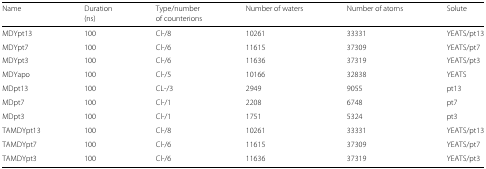
<table><thead><tr><td><b>Name</b></td><td><b>Duration</b></td><td><b>Type/number</b></td><td><b>Number of waters</b></td><td><b>Number of atoms</b></td><td><b>Solute</b></td></tr><tr><td></td><td><b>(ns)</b></td><td><b>of counterions</b></td><td></td><td></td><td></td></tr></thead><tbody><tr><td>MDYpt13</td><td>100</td><td>Cl-/8</td><td>10261</td><td>33331</td><td>YEATS/pt13</td></tr><tr><td>MDYpt7</td><td>100</td><td>Cl-/6</td><td>11615</td><td>37309</td><td>YEATS/pt7</td></tr><tr><td>MDYpt3</td><td>100</td><td>Cl-/6</td><td>11636</td><td>37319</td><td>YEATS/pt3</td></tr><tr><td>MDYapo</td><td>100</td><td>Cl-/5</td><td>10166</td><td>32838</td><td>YEATS</td></tr><tr><td>MDpt13</td><td>100</td><td>CL-/3</td><td>2949</td><td>9055</td><td>pt13</td></tr><tr><td>MDpt7</td><td>100</td><td>Cl-/1</td><td>2208</td><td>6748</td><td>pt7</td></tr><tr><td>MDpt3</td><td>100</td><td>Cl-/1</td><td>1751</td><td>5324</td><td>pt3</td></tr><tr><td>TAMDYpt13</td><td>100</td><td>Cl-/8</td><td>10261</td><td>33331</td><td>YEATS/pt13</td></tr><tr><td>TAMDYpt7</td><td>100</td><td>Cl-/6</td><td>11615</td><td>37309</td><td>YEATS/pt7</td></tr><tr><td>TAMDYpt3</td><td>100</td><td>Cl-/6</td><td>11636</td><td>37319</td><td>YEATS/pt3</td></tr></tbody></table>